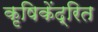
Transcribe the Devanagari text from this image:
कृषिकेंद्रित